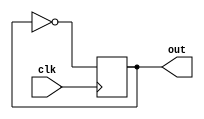
`timescale 1ns / 1ps

module divider_2(clk,out);
    input clk;
    output reg out =0;
    
    always @ (posedge clk)
    begin
    out=~out;
    end 
endmodule